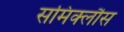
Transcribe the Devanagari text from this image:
समिक्लौस